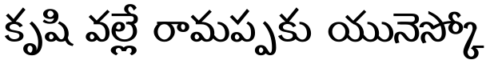
కృషి వల్లే రామప్పకు యునెస్కో